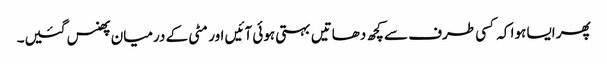
پھر ایسا ہوا کہ کسی طرف سے کچھ دھاتیں بہتی ہوئی آئیں اور مٹی کے درمیان پھنس گئیں۔